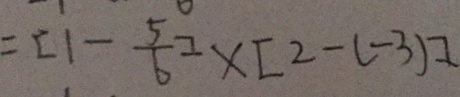
= [ 1 - \frac { 5 } { 6 } ] \times [ 2 - ( - 3 ) ]